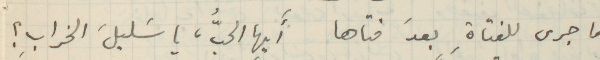
ما جرى للفتاةِ بعدَ فتاها أَيها الحبُّ، يا سَليلَ الخرابِ؟